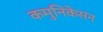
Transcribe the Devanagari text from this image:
कमुनिकेसन